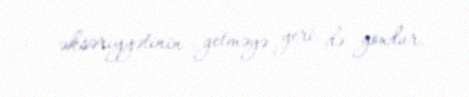
əksəriyyətinin getməyə yeri də yoxdur.